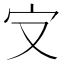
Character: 㝊